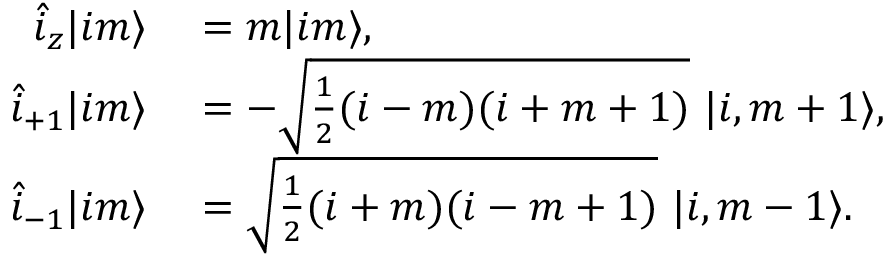
\begin{array} { r l } { \hat { i } _ { z } | i m \rangle } & { { } = m | i m \rangle , } \\ { \hat { i } _ { + 1 } | i m \rangle } & { { } = - \sqrt { \frac { 1 } { 2 } ( i - m ) ( i + m + 1 ) } \ | i , m + 1 \rangle , } \\ { \hat { i } _ { - 1 } | i m \rangle } & { { } = \sqrt { \frac { 1 } { 2 } ( i + m ) ( i - m + 1 ) } \ | i , m - 1 \rangle . } \end{array}